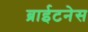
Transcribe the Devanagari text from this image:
ब्राईटनेस